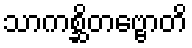
သာကစ္ဆိတဗ္ဗောတိ